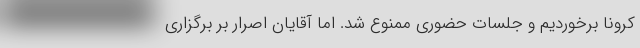
کرونا برخوردیم و جلسات حضوری ممنوع شد. اما آقایان اصرار بر برگزاری